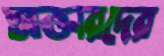
আক্তারদের